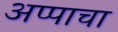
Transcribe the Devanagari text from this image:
अप्पाचा